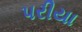
પરીયા